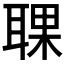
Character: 𦖍